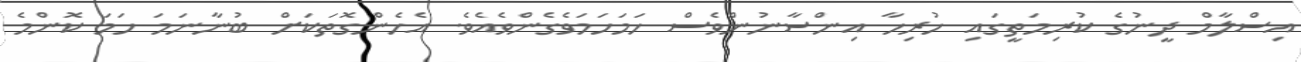
އިސްލާމް ދީނުގެ ކުރިމަތީގައި ހުރިހާ އިންސާނުންވެސް ހަމަހަމަވެގެންވެއެވެ. އެހެންގޮތަކަށް ބުނާނަމަ ހަމަ ކޮންމެ